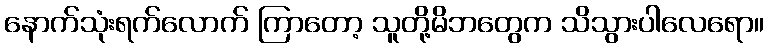
နောက်သုံးရက်လောက် ကြာတော့ သူတို့မိဘတွေက သိသွားပါလေရော။